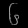
Digit: ၆